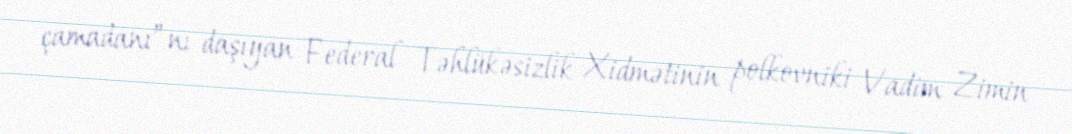
çamadanı”nı daşıyan Federal Təhlükəsizlik Xidmətinin polkovniki Vadim Zimin